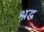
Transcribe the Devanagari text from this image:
श्रद्ध